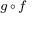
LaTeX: \scriptstyle g \, \circ \, f